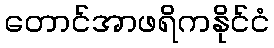
တောင်အာဖရိကနိုင်ငံ